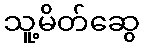
သူ့မိတ်ဆွေ